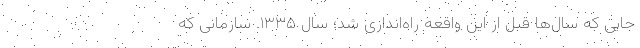
جایی که سال‌ها قبل از این واقعه راه‌اندازی شد؛ سال ۱۳۳۵. سازمانی که